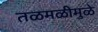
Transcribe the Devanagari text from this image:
तळमळीमुळे